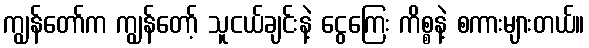
ကျွန်တော်က ကျွန်တော့် သူငယ်ချင်းနဲ့ ငွေကြေး ကိစ္စနဲ့ စကားများတယ်။